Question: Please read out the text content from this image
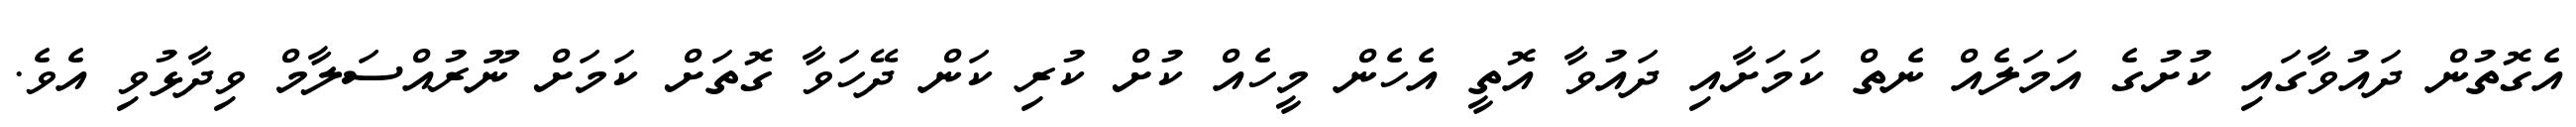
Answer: އެގޮތުން ދައުވާގައި ކުށުގެ އަމަލެއް ނެތް ކަމަށާއި ދައުވާ އޮތީ އެހެން މީހެއް ކުށް ކުރި ކަން ދޭހަވާ ގޮތަށް ކަމަށް ނޫރުއްސަލާމް ވިދާޅުވި އެވެ.